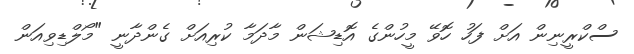
ސްކްރީނިން އަށް ފަހު ހޮވޭ މީހުންގެ އޮޑިޝަން މާދަމާ ކުރިއަށް ގެންދާނީ "މޯލްޑިވިއަން